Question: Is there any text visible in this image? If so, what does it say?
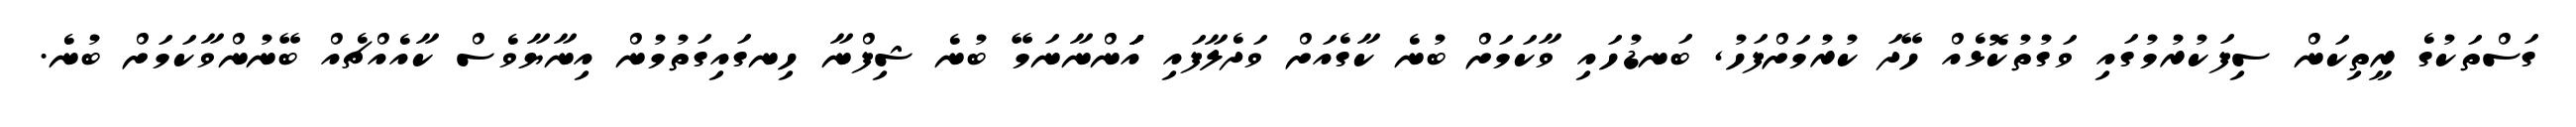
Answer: ގަސްތަކުގެ ރީތިކަން ސިފަކުރުމުގައި ވަގުތުކޮޅެއް ހޭދަ ކުރުމަށްފަހު, ބަނޑުހައި ވާކަމަށް ބުނެ ކާގެއަށް ވަދެލާފައި އަަަަަަަަަަންނާނަމޭ ބުނެ ޝިފްނާ ހިނގައިގަތުމުން އިނާޔާވެސް ކާއެއްޗެއް ބޭނުންވާކަމަށް ބުނެ.